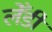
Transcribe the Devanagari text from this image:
लेँडी